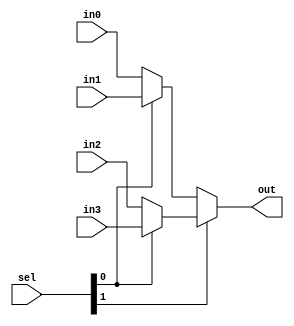
module mux4to1 (
    input [31:0] in0,
    input [31:0] in1,
    input [31:0] in2,
    input [31:0] in3,
    input [1:0] sel,
    output [31:0] out
);
    // always @(*) begin
    //     case (sel)
    //         0'b00: out <= in0;
    //         0'b01: out <= in1;
    //         0'b10: out <= in2;
    //         0'b11: out <= in3; 
    //         default: out <= 32'bx;
    //     endcase
    // end
    assign out = (sel[1]) ? (sel[0] ? in3 : in2) : (sel[0] ? in1 : in0) ;
endmodule